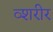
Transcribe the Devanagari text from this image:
व्शरीर